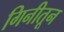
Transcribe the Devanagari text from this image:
गिनीतून